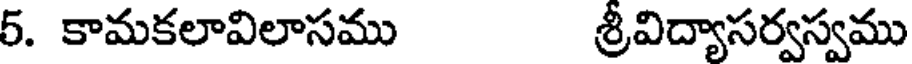
5. కామకలావిలాసము శ్రీవిద్యాసర్వస్వము